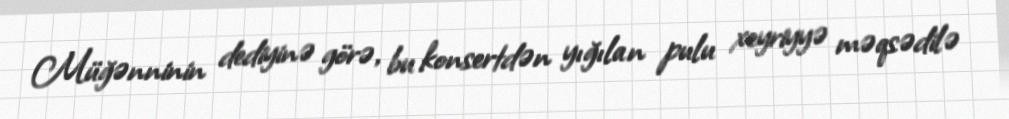
Müğənninin dediyinə görə, bu konsertdən yığılan pulu xeyriyyə məqsədilə